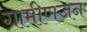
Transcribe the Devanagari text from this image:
ग्रामीणजन